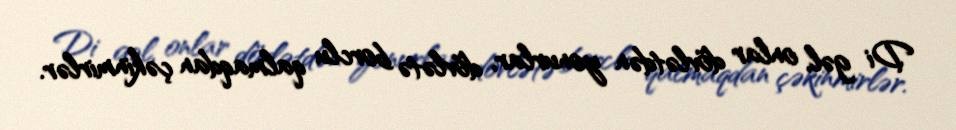
Di gəl, onlar dövlətdən yonurlar, dövlətə borclu qalmaqdan çəkinmirlər.